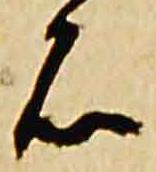
石